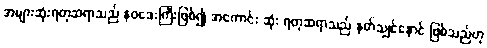
အများဆုံးရတုဆရာသည် နဝဒေးကြီးဖြစ်၍ အကောင်း ဆုံး ရတုဆရာသည် နတ်သျှင်နောင် ဖြစ်သည်ဟု